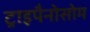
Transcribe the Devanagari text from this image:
ट्राइपैनोसोम